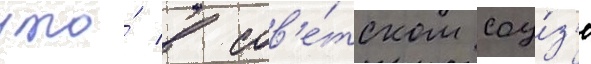
что́ в сов'е́тском соу́з'е